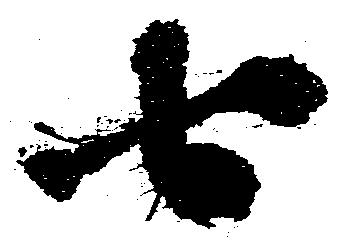
七